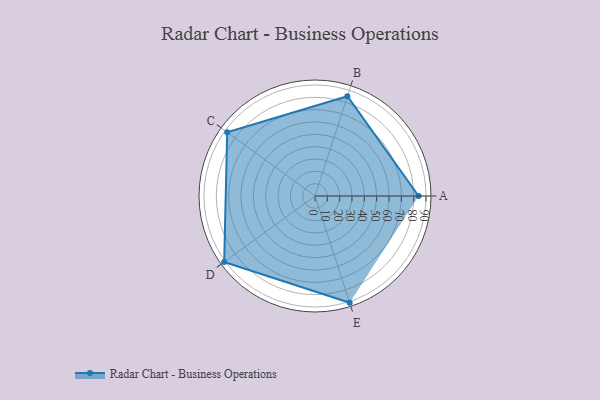
{"axis": {"x": "Skill", "y": "Score"}, "legend": ["Profile"], "data": [{"x": "A", "y": 84.0, "type": "Profile"}, {"x": "B", "y": 85.0, "type": "Profile"}, {"x": "C", "y": 88.0, "type": "Profile"}, {"x": "D", "y": 91.0, "type": "Profile"}, {"x": "E", "y": 91.0, "type": "Profile"}]}